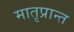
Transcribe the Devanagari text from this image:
मातृप्रान्त